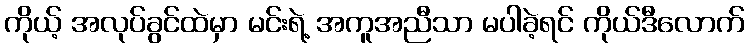
ကိုယ့် အလုပ်ခွင်ထဲမှာ မင်းရဲ့ အကူအညီသာ မပါခဲ့ရင် ကိုယ်ဒီလောက်